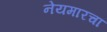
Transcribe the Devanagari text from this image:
नेयमारचा